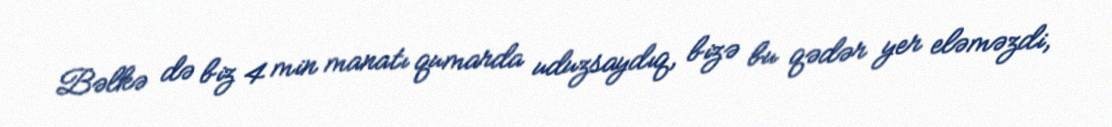
Bəlkə də biz 4 min manatı qumarda uduzsaydıq, bizə bu qədər yer eləməzdi,